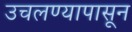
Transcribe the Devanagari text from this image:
उचलण्यापासून